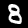
Digit: 8